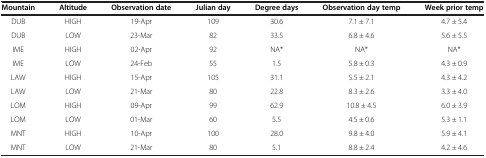
<table><thead><tr><td><b>Mountain</b></td><td><b>Altitude</b></td><td><b>Observation date</b></td><td><b>Julian day</b></td><td><b>Degree days</b></td><td><b>Observation day temp</b></td><td><b>Week prior temp</b></td></tr></thead><tbody><tr><td>DUB</td><td>HIGH</td><td>19-Apr</td><td>109</td><td>30.6</td><td>7.1 ± 7.1</td><td>4.7 ± 5.4</td></tr><tr><td>DUB</td><td>LOW</td><td>23-Mar</td><td>82</td><td>33.5</td><td>6.8 ± 4.6</td><td>5.6 ± 5.5</td></tr><tr><td>IME</td><td>HIGH</td><td>02-Apr</td><td>92</td><td>NA*</td><td>NA*</td><td>NA*</td></tr><tr><td>IME</td><td>LOW</td><td>24-Feb</td><td>55</td><td>1.5</td><td>5.8 ± 0.3</td><td>4.3 ± 0.9</td></tr><tr><td>LAW</td><td>HIGH</td><td>15-Apr</td><td>105</td><td>31.1</td><td>5.5 ± 2.1</td><td>4.3 ± 4.2</td></tr><tr><td>LAW</td><td>LOW</td><td>21-Mar</td><td>80</td><td>22.8</td><td>8.3 ± 2.6</td><td>3.3 ± 4.0</td></tr><tr><td>LOM</td><td>HIGH</td><td>09-Apr</td><td>99</td><td>62.9</td><td>10.8 ± 4.5</td><td>6.0 ± 3.9</td></tr><tr><td>LOM</td><td>LOW</td><td>01-Mar</td><td>60</td><td>5.5</td><td>4.5 ± 0.6</td><td>5.3 ± 1.1</td></tr><tr><td>MNT</td><td>HIGH</td><td>10-Apr</td><td>100</td><td>28.0</td><td>9.8 ± 4.0</td><td>5.9 ± 4.1</td></tr><tr><td>MNT</td><td>LOW</td><td>21-Mar</td><td>80</td><td>5.1</td><td>8.8 ± 2.4</td><td>4.2 ± 4.6</td></tr></tbody></table>